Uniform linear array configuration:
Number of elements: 16
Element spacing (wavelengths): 0.5
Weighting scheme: hann
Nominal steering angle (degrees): -15
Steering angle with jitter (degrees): -15.434
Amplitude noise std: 0.05
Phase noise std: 0.05

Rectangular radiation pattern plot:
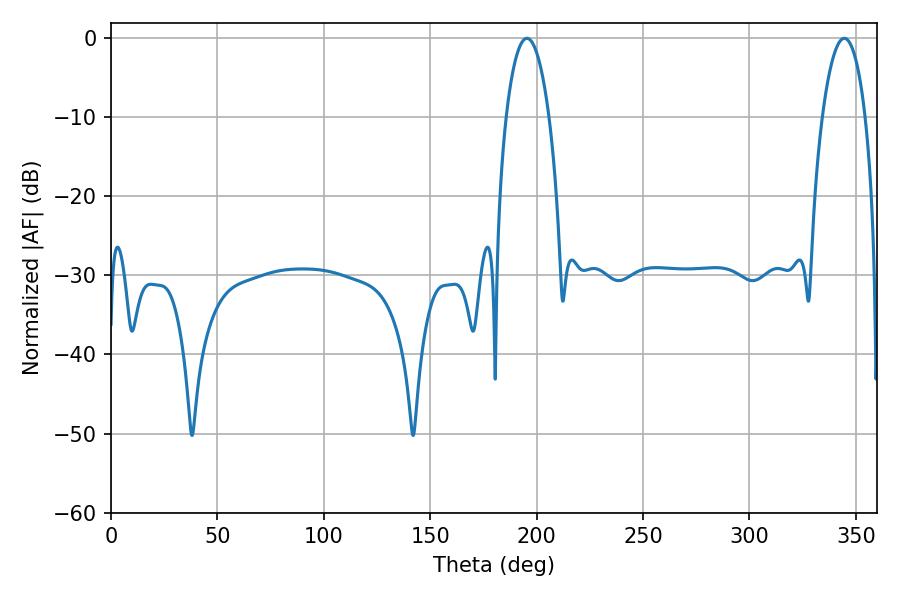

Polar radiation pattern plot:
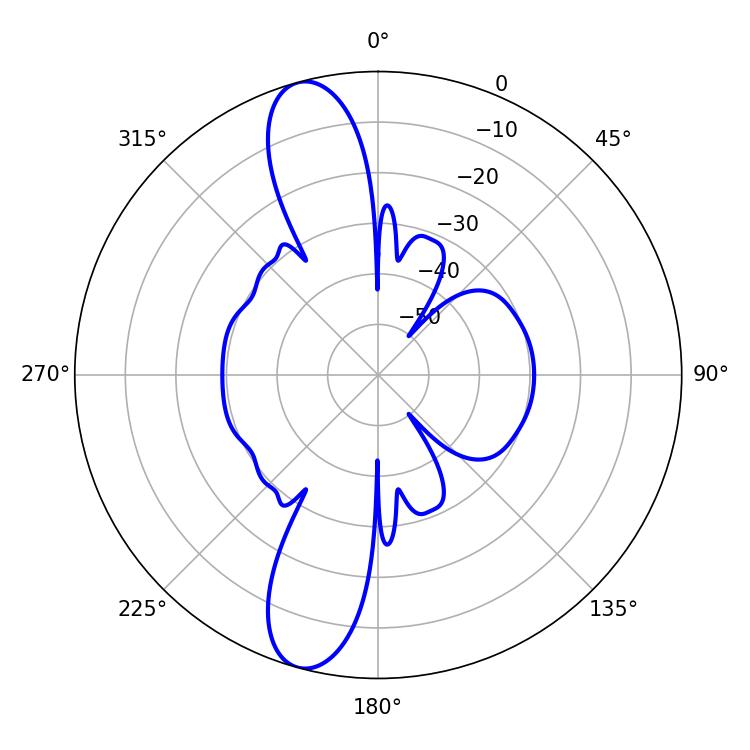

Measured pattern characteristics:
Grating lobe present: FALSE
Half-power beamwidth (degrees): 11.34
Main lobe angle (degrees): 195.48